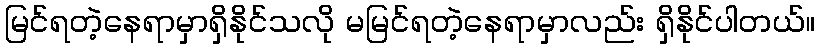
မြင်ရတဲ့နေရာမှာရှိနိုင်သလို မမြင်ရတဲ့နေရာမှာလည်း ရှိနိုင်ပါတယ်။